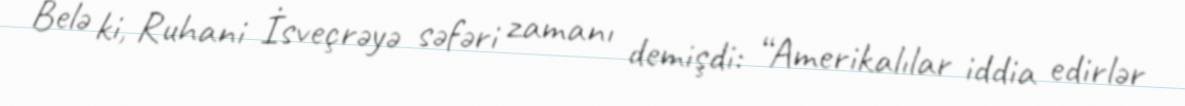
Belə ki, Ruhani İsveçrəyə səfəri zamanı demişdi: “Amerikalılar iddia edirlər